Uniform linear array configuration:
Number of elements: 64
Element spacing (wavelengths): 1
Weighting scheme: hamming
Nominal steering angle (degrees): -60
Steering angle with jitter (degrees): -58.489
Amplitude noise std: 0.05
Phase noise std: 0.05

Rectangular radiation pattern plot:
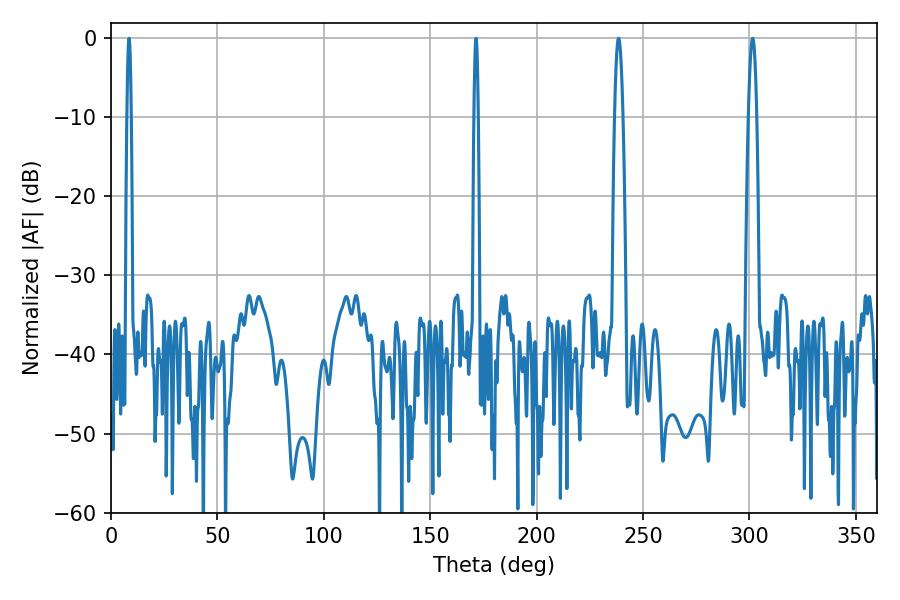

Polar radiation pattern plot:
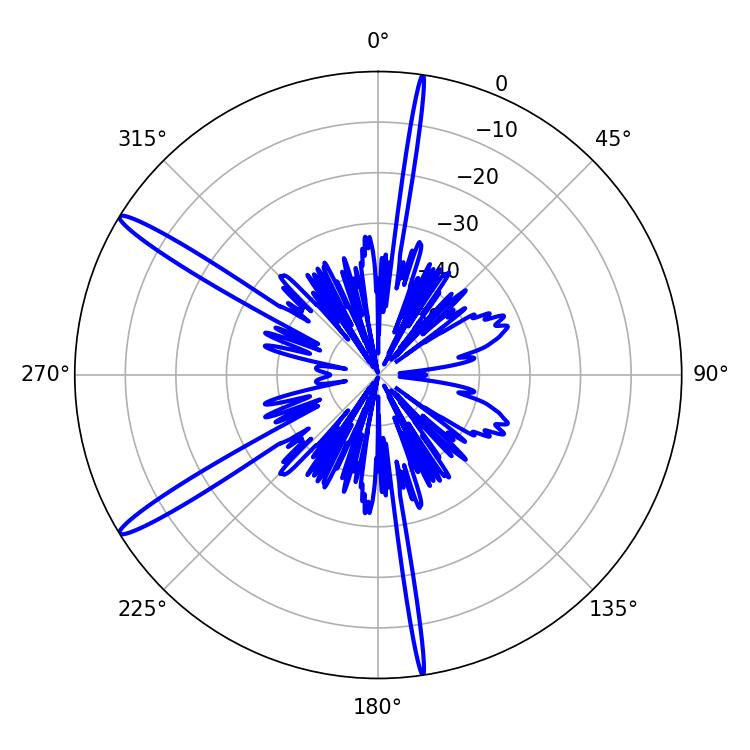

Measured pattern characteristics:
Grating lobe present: TRUE
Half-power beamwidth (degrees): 2.16
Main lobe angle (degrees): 238.5